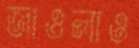
জাওলাও